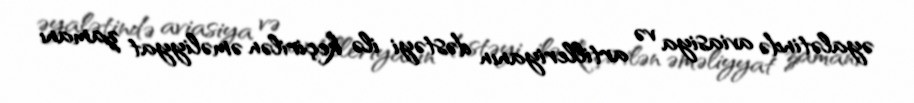
əyalətində aviasiya və artilleriyanın dəstəyi ilə keçirilən əməliyyat zamanı